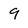
Character: 9